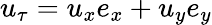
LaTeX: u_{\tau}=u_{x}e_{x}+u_{y}e_{y}